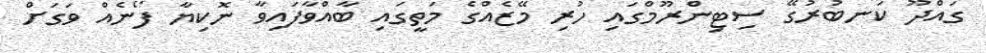
ގައްދޫ ކަނބުރުގޭ ސިޓިންރޫމްގައި ހުރި މޭޒެއްގެ މަތީގައި ބާއްވާފައިވާ ނޮކިޔާ ފޯނެއް ވަގަށް